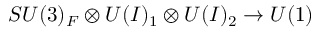
S U ( 3 ) _ { F } \otimes U ( I ) _ { 1 } \otimes U ( I ) _ { 2 } \to U ( 1 )